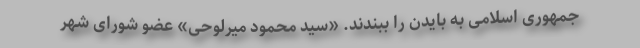
جمهوری اسلامی به بایدن را ببندند. «سید محمود میرلوحی» عضو شورای شهر